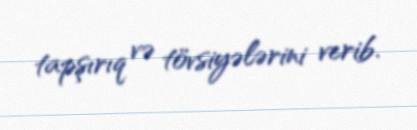
tapşırıq və tövsiyələrini verib.